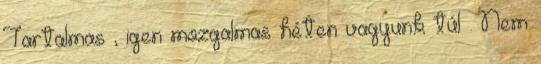
Tartalmas , igen mozgalmas héten vagyunk túl . Nem